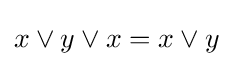
x\vee y\vee x=x\vee y